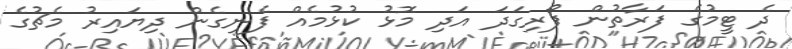
ދެ ޓީމުގެ ފަރާތުން ފޯރިގަދަ އަދި މޮޅު ކުޅުމެއް ފެނިގެން ދިޔައިރު މެޗުގެ